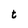
Character: t